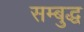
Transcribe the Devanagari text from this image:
सम्बुद्ध